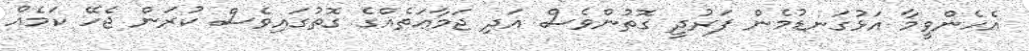
އެހެންވީމާ އަޅުގަނޑުމެން ފަރުދީ ގޮތުންވެސް އަދި ޖަމާޢަތެއްގެ ގޮތުގައިވެސް ކުރަން ޖެހޭ ކަމެއް